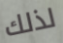
لذلك